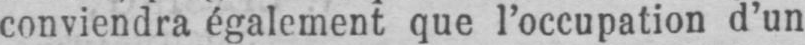
conviendra également que l’occupation d’un